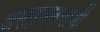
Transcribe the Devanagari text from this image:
अस्ताचलगामी